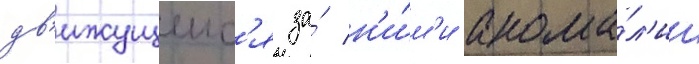
дв'ижущеис'я за́ н'и́м'и анома́л'ии